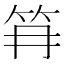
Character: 𰩱